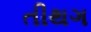
તીથગ